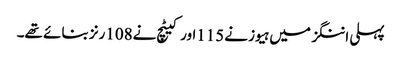
پہلی اننگز میں ہیوز نے115اور کیٹچ نے108رنز بنائے تھے۔